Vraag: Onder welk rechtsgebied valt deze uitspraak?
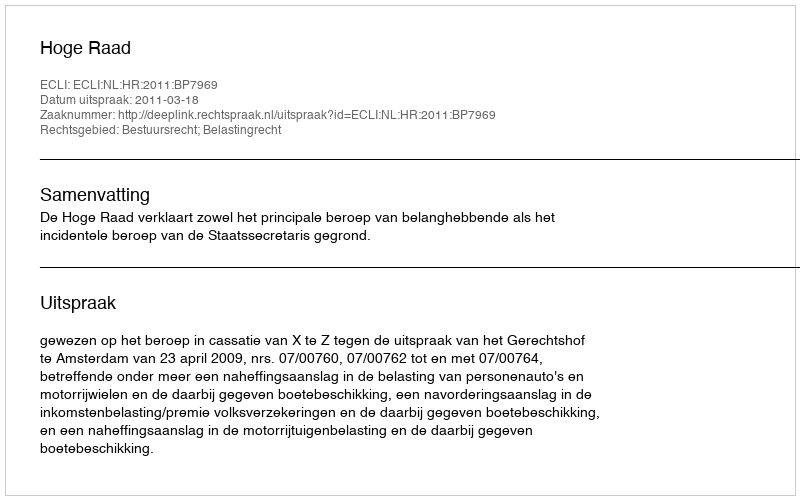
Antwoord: Bestuursrecht; Belastingrecht